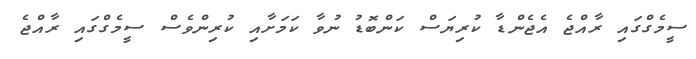
ސީމެގްގައި ރާއްޖެ އެޖެންޑާ ކުރިޔަސް ކަންބޮޑު ނުވާ ކަމަށާއި ކުރިންވެސް ސީމެގްގައި ރާއްޖެ